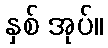
နှစ် အုပ်။